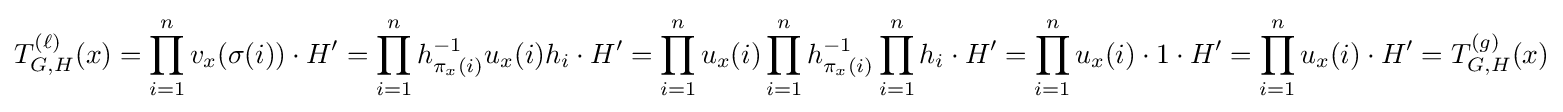
T_{G,H}^{(\ell )}(x)=\prod _{i=1}^{n}v_{x}(\sigma (i))\cdot H'=\prod _{i=1}^{n}h_{\pi _{x}(i)}^{-1}u_{x}(i)h_{i}\cdot H'=\prod _{i=1}^{n}u_{x}(i)\prod _{i=1}^{n}h_{\pi _{x}(i)}^{-1}\prod _{i=1}^{n}h_{i}\cdot H'=\prod _{i=1}^{n}u_{x}(i)\cdot 1\cdot H'=\prod _{i=1}^{n}u_{x}(i)\cdot H'=T_{G,H}^{(g)}(x)